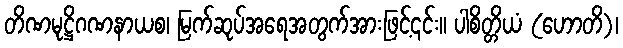
တိဏမုဋ္ဌိဂဏနာယစ၊ မြက်ဆုပ်အရေအတွက်အားဖြင့်၎င်း။ ပါစိတ္တိယံ (ဟောတိ)၊